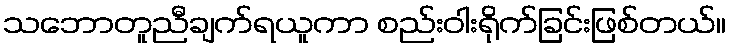
သဘောတူညီချက်ရယူကာ စည်းဝါးရိုက်ခြင်းဖြစ်တယ်။